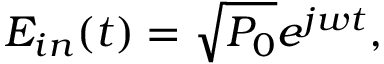
E _ { i n } ( t ) = \sqrt { P _ { 0 } } e ^ { j w t } ,